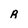
Character: R